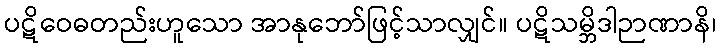
ပဋိဝေဓတည်းဟူသော အာနုဘော်ဖြင့်သာလျှင်။ ပဋိသမ္ဘိဒါဉာဏာနိ၊